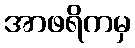
အာဖရိကမှ